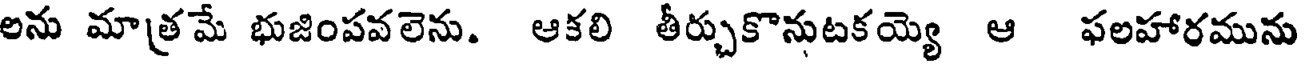
లను మాత్రమే భుజింపవలెను. ఆకలి తీర్చుకొనుటకయ్యె ఆ ఫలహారమును